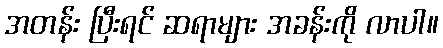
အတန်း ပြီးရင် ဆရာများ အခန်းကို လာပါ။